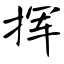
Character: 挥